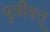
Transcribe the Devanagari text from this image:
पुत्रीवत्